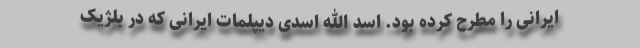
ایرانی را مطرح کرده بود. اسد الله اسدی دیپلمات ایرانی که در بلژیک